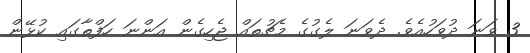
3 ވަނަ ދުވަހުއެވެ. ދެވަނަ ލެގުގެ މެޗުތައް ޖެހިގެން އަންނަ ހަފްތާގައި ކުޅޭން